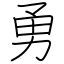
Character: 勇